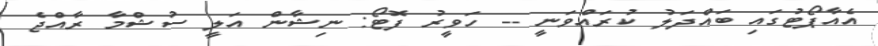
އެއާޕޯޓުގައި ބައްދަލު ކުރައްވަނީ -- ހަވީރު ފޮޓޯ: ނިޝާން އަލީ ސުޝްމާ ރާއްޖެ